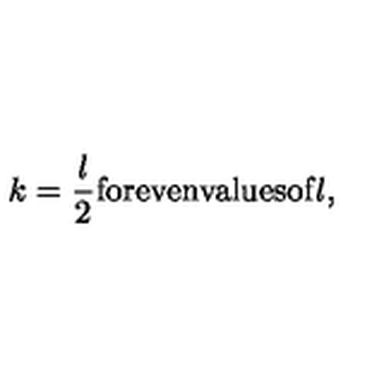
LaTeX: k = \frac l 2 \mathrm { f o r e v e n v a l u e s o f } l ,